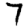
Digit: 7